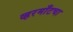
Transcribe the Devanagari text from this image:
व्हरमाँटचा